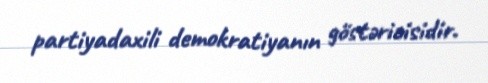
partiyadaxili demokratiyanın göstəricisidir.